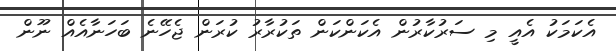
އެކަމަކު އެއީ މި ސަރުކާރުން އެކަންކަން ތަކުރާރު ކުރަން ޖެހޭނެ ބަހަނާއެއް ނޫން